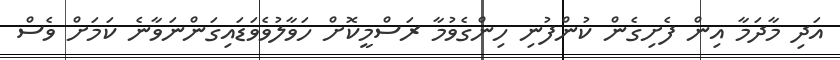
އަދި މާދަމާ އިން ފެށިގެން ކުންފުނި ހިންގެވުމާ ރަސްމީކޮށް ހަވާލުވެވަޑައިގަންނަވާނެ ކަމަށް ވެސް